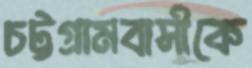
চট্টগ্রামবাসীকে